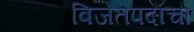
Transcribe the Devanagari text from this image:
विजेतेपदाचा